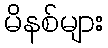
မိနစ်များ